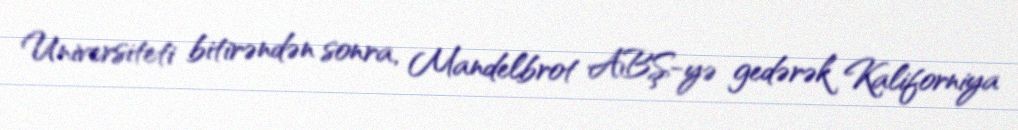
Universiteti bitirəndən sonra, Mandelbrot ABŞ-yə gedərək Kaliforniya